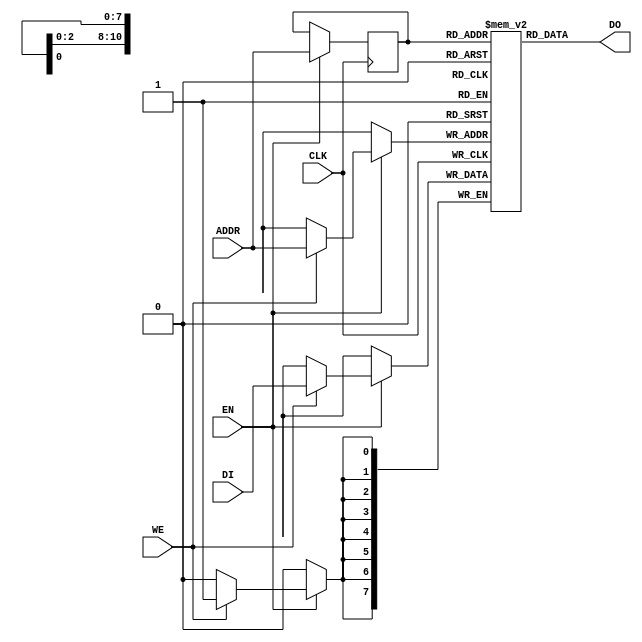
`timescale 1ns / 1ps
//////////////////////////////////////////////////////////////////////////////////
// Company: 
// 
// Design Name: 
// Module Name:    RAMB16_S8 
// Project Name: 
// Target Devices: 
// Tool versions: 
// Description: 
//
// Dependencies: 
//
// Revision: 
// Revision 0.01 - File Created
// Additional Comments: 
//
//////////////////////////////////////////////////////////////////////////////////
module RAMB16_S8(CLK,EN,WE,ADDR,DI,DO);
	input CLK;
	input EN;
	input WE;
	input [10:0] ADDR;
	input [7:0] DI;
	output [7:0] DO;

	reg [7:0] RAM [2047:0];
	reg [10:0] REG_ADDR;
	
	// initialize memory
	reg [11:0]count;
	
	initial begin
		for (count=0;count<2048;count=count+1) RAM[count]=0;
	end

	always @(negedge CLK) 
		begin
			if (EN)
				begin
					if (WE) RAM[ADDR] <= DI;
					
					REG_ADDR <= ADDR;
				end
		end	
	assign DO = RAM[REG_ADDR];

endmodule